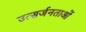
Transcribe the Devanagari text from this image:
उत्सर्जनताओं